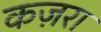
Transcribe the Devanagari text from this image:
कज़रा